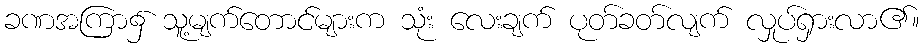
ခဏအကြာ၌ သူ့မျက်တောင်များက သုံး လေးချက် ပုတ်ခတ်လျက် လှုပ်ရှားလာ၏။